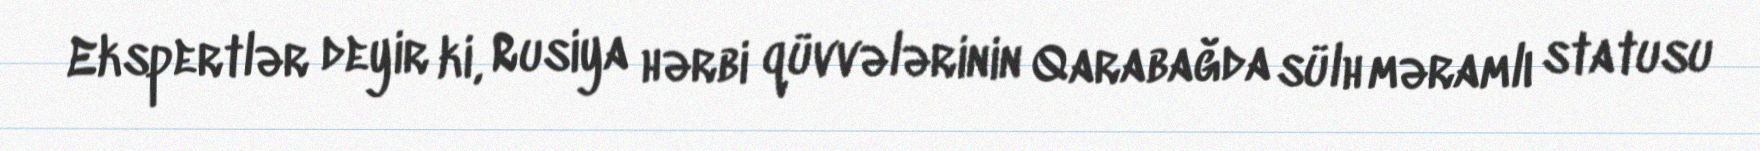
Ekspertlər deyir ki, Rusiya hərbi qüvvələrinin Qarabağda sülh məramlı statusu